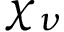
\chi _ { \nu }